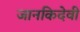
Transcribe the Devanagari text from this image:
जानकिदेवी